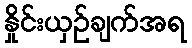
နှိုင်းယှဉ်ချက်အရ